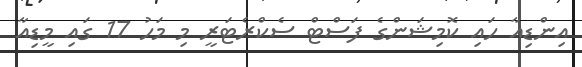
އިންޑިއާ ހައި ކޮމިޝަންގެ ފަސްޓް ސެކްރެޓަރީ މި މަހު 17 ގައި މީޑިއާ